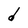
Character: d